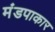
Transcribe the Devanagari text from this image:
मंडपाकार